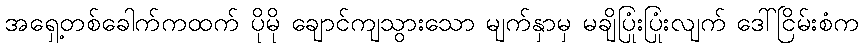
အရှေ့တစ်ခေါက်ကထက် ပိုမို ချောင်ကျသွားသော မျက်နှာမှ မချိပြုံးပြုံးလျက် ဒေါ်ငြိမ်းစံက